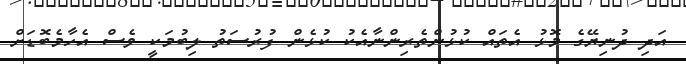
އަދި ދުނިޔޭގެ މޮޅު އެތައް ކުޅުންތެރިންނާއެކު ކުޅެން ފުރުސަތު ލިބުމަކީ ވެސް އެހާމެބޮޑަށް